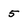
Character: 5